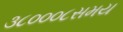
૩૮૦૦૦૮સમય